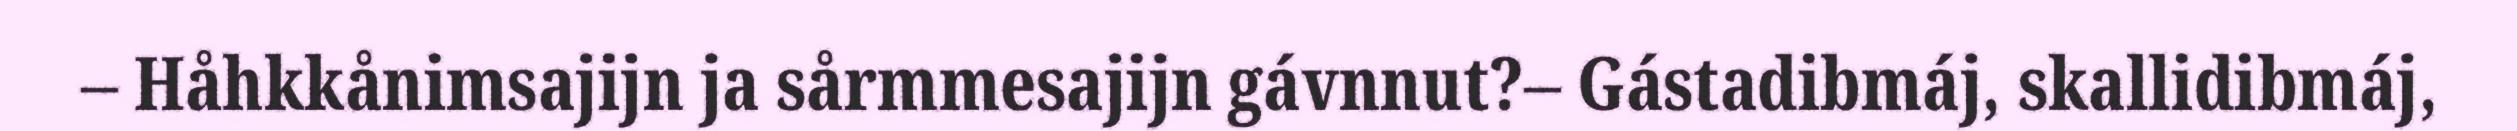
– Håhkkånimsajijn ja sårmmesajijn gávnnut?– Gástadibmáj, skallidibmáj,